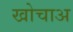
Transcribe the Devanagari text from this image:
खोचाअ